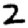
Digit: 2